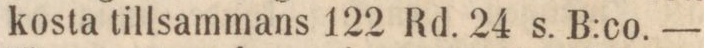
kosta tillsammans 122 Rd. 24 s. B:co. —